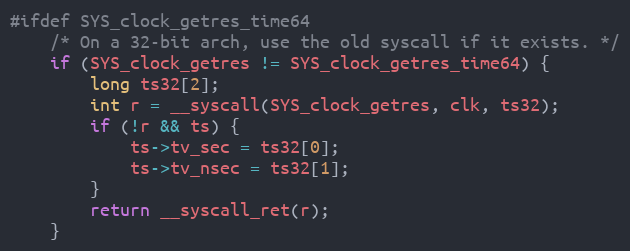
Language: C
#ifdef SYS_clock_getres_time64
	/* On a 32-bit arch, use the old syscall if it exists. */
	if (SYS_clock_getres != SYS_clock_getres_time64) {
		long ts32[2];
		int r = __syscall(SYS_clock_getres, clk, ts32);
		if (!r && ts) {
			ts->tv_sec = ts32[0];
			ts->tv_nsec = ts32[1];
		}
		return __syscall_ret(r);
	}